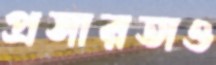
প্রসারতাও